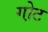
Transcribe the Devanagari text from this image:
गो़ट